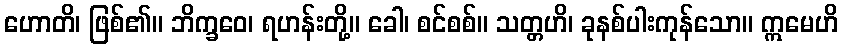
ဟောတိ၊ ဖြစ်၏။ ဘိက္ခဝေ၊ ရဟန်းတို့။ ခေါ၊ စင်စစ်။ သတ္တဟိ၊ ခုနစ်ပါးကုန်သော။ ဣမေဟိ